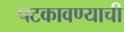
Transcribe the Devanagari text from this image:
पटकावण्याची